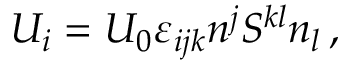
U _ { i } = U _ { 0 } \varepsilon _ { i j k } n ^ { j } { \cal S } ^ { k l } n _ { l } \, ,